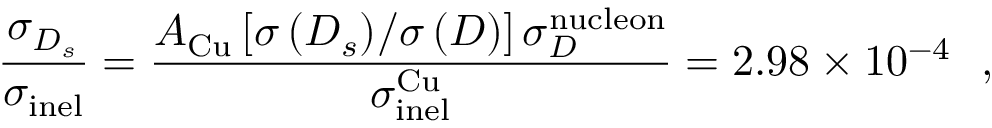
\frac { \sigma _ { D _ { s } } } { \sigma _ { \mathrm { \tiny i n e l } } } = \frac { A _ { \mathrm { \tiny C u } } \left[ { { \sigma \left( { D _ { s } } \right) } \mathord { \left/ { \vphantom { { \sigma \left( { D _ { s } } \right) } { \sigma \left( D \right) } } } \right. \kern - \nulldelimiterspace } { \sigma \left( D \right) } } \right] \sigma _ { D } ^ { \mathrm { \tiny n u c l e o n } } } { \sigma _ { \mathrm { \tiny i n e l } } ^ { \mathrm { \tiny C u } } } = 2 . 9 8 \times 1 0 ^ { - 4 } \ \ ,